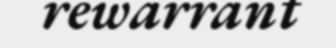
rewarrant